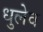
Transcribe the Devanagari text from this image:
धुलेव